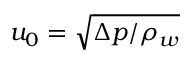
u _ { 0 } = \sqrt { \Delta p / \rho _ { w } }